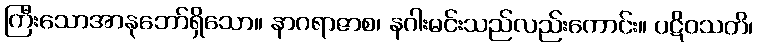
ကြီးသောအာနုဘော်ရှိသော။ နာဂရာဇာစ၊ နဂါးမင်းသည်လည်းကောင်း။ ပဋိဝသတိ၊